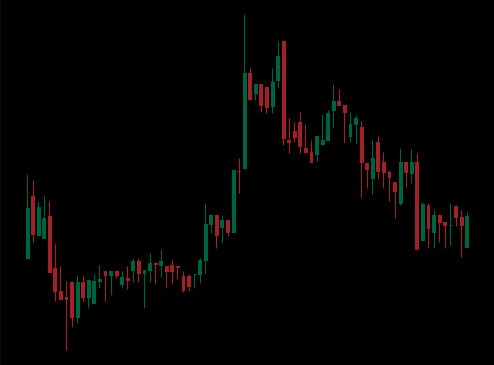
Pattern: unclassified